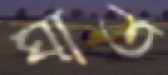
ঘাত